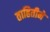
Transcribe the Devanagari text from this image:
ताहितीने